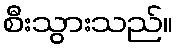
စီးသွားသည်။